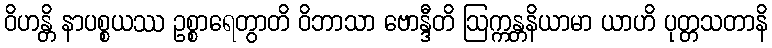
ဝိဟန္တိ နာပစ္စယဿ ဥစ္စာရေတွာတိ ဝိဘာသာ ဗောန္ဒီတိ ဩက္ကန္တနိယာမာ ယာဟိ ပုတ္တသတာနိ